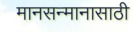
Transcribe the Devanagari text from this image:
मानसन्मानासाठी